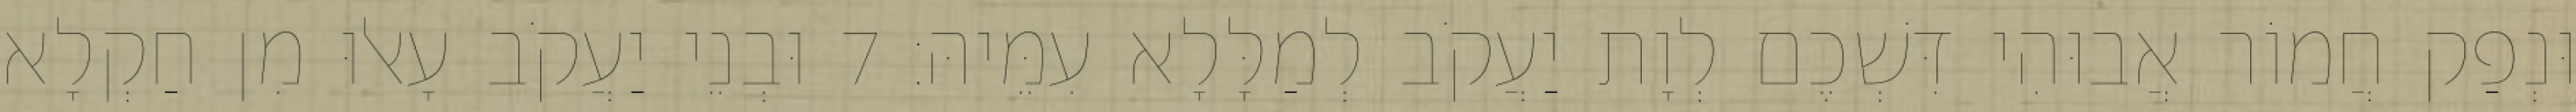
וּנְפַק חֲמוֹר אֲבוּהִי דִּשְׁכֶם לְוָת יַעֲקֹב לְמַלָּלָא עִמֵּיהּ׃ 7 וּבְנֵי יַעֲקֹב עָאלוּ מִן חַקְלָא